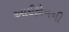
આઈફોનની